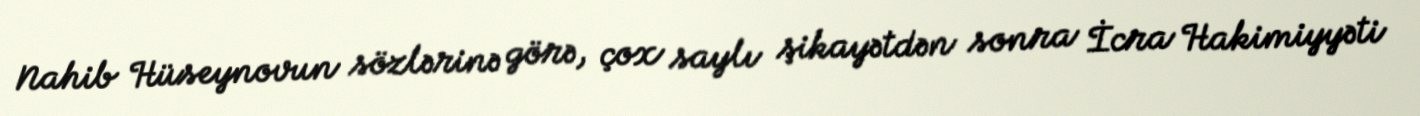
Nahib Hüseynovun sözlərinə görə, çox saylı şikayətdən sonra İcra Hakimiyyəti